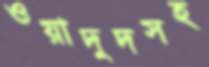
ওয়াদুদসহ